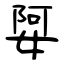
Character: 娿